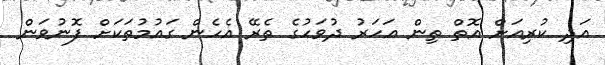
އަދި ކުރިއަށް އޮތް ތިން އަހަރު ދުވަހުގެ ތެރޭ އެހެން ގައުމުތަކަށް ފޮނުވަން